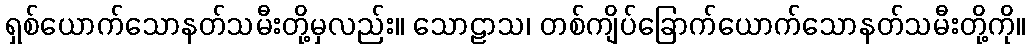
ရှစ်ယောက်သောနတ်သမီးတို့မှလည်း။ သောဠာသ၊ တစ်ကျိပ်ခြောက်ယောက်သောနတ်သမီးတို့ကို။